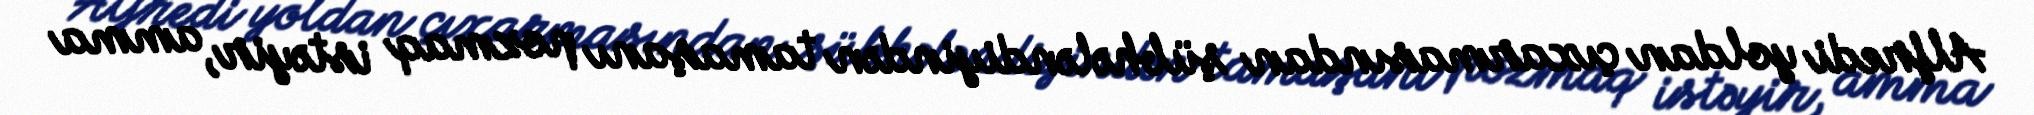
Alfredi yoldan çıxarmasından şübhələndiyindən tamaşanı pozmaq istəyir, amma